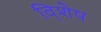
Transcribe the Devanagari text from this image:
वि्शेष